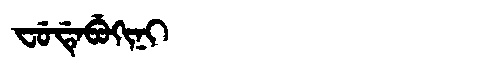
Manchu: ᠸᡠᡩᡝᠪᡠᡴᡳᠨᡳ
Romanization: FUDEBUKINI